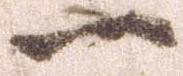
一